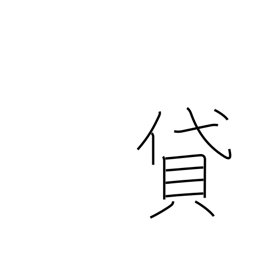
Meaning: lend